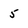
Character: 5